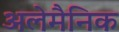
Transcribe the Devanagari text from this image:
अलेमैनिक